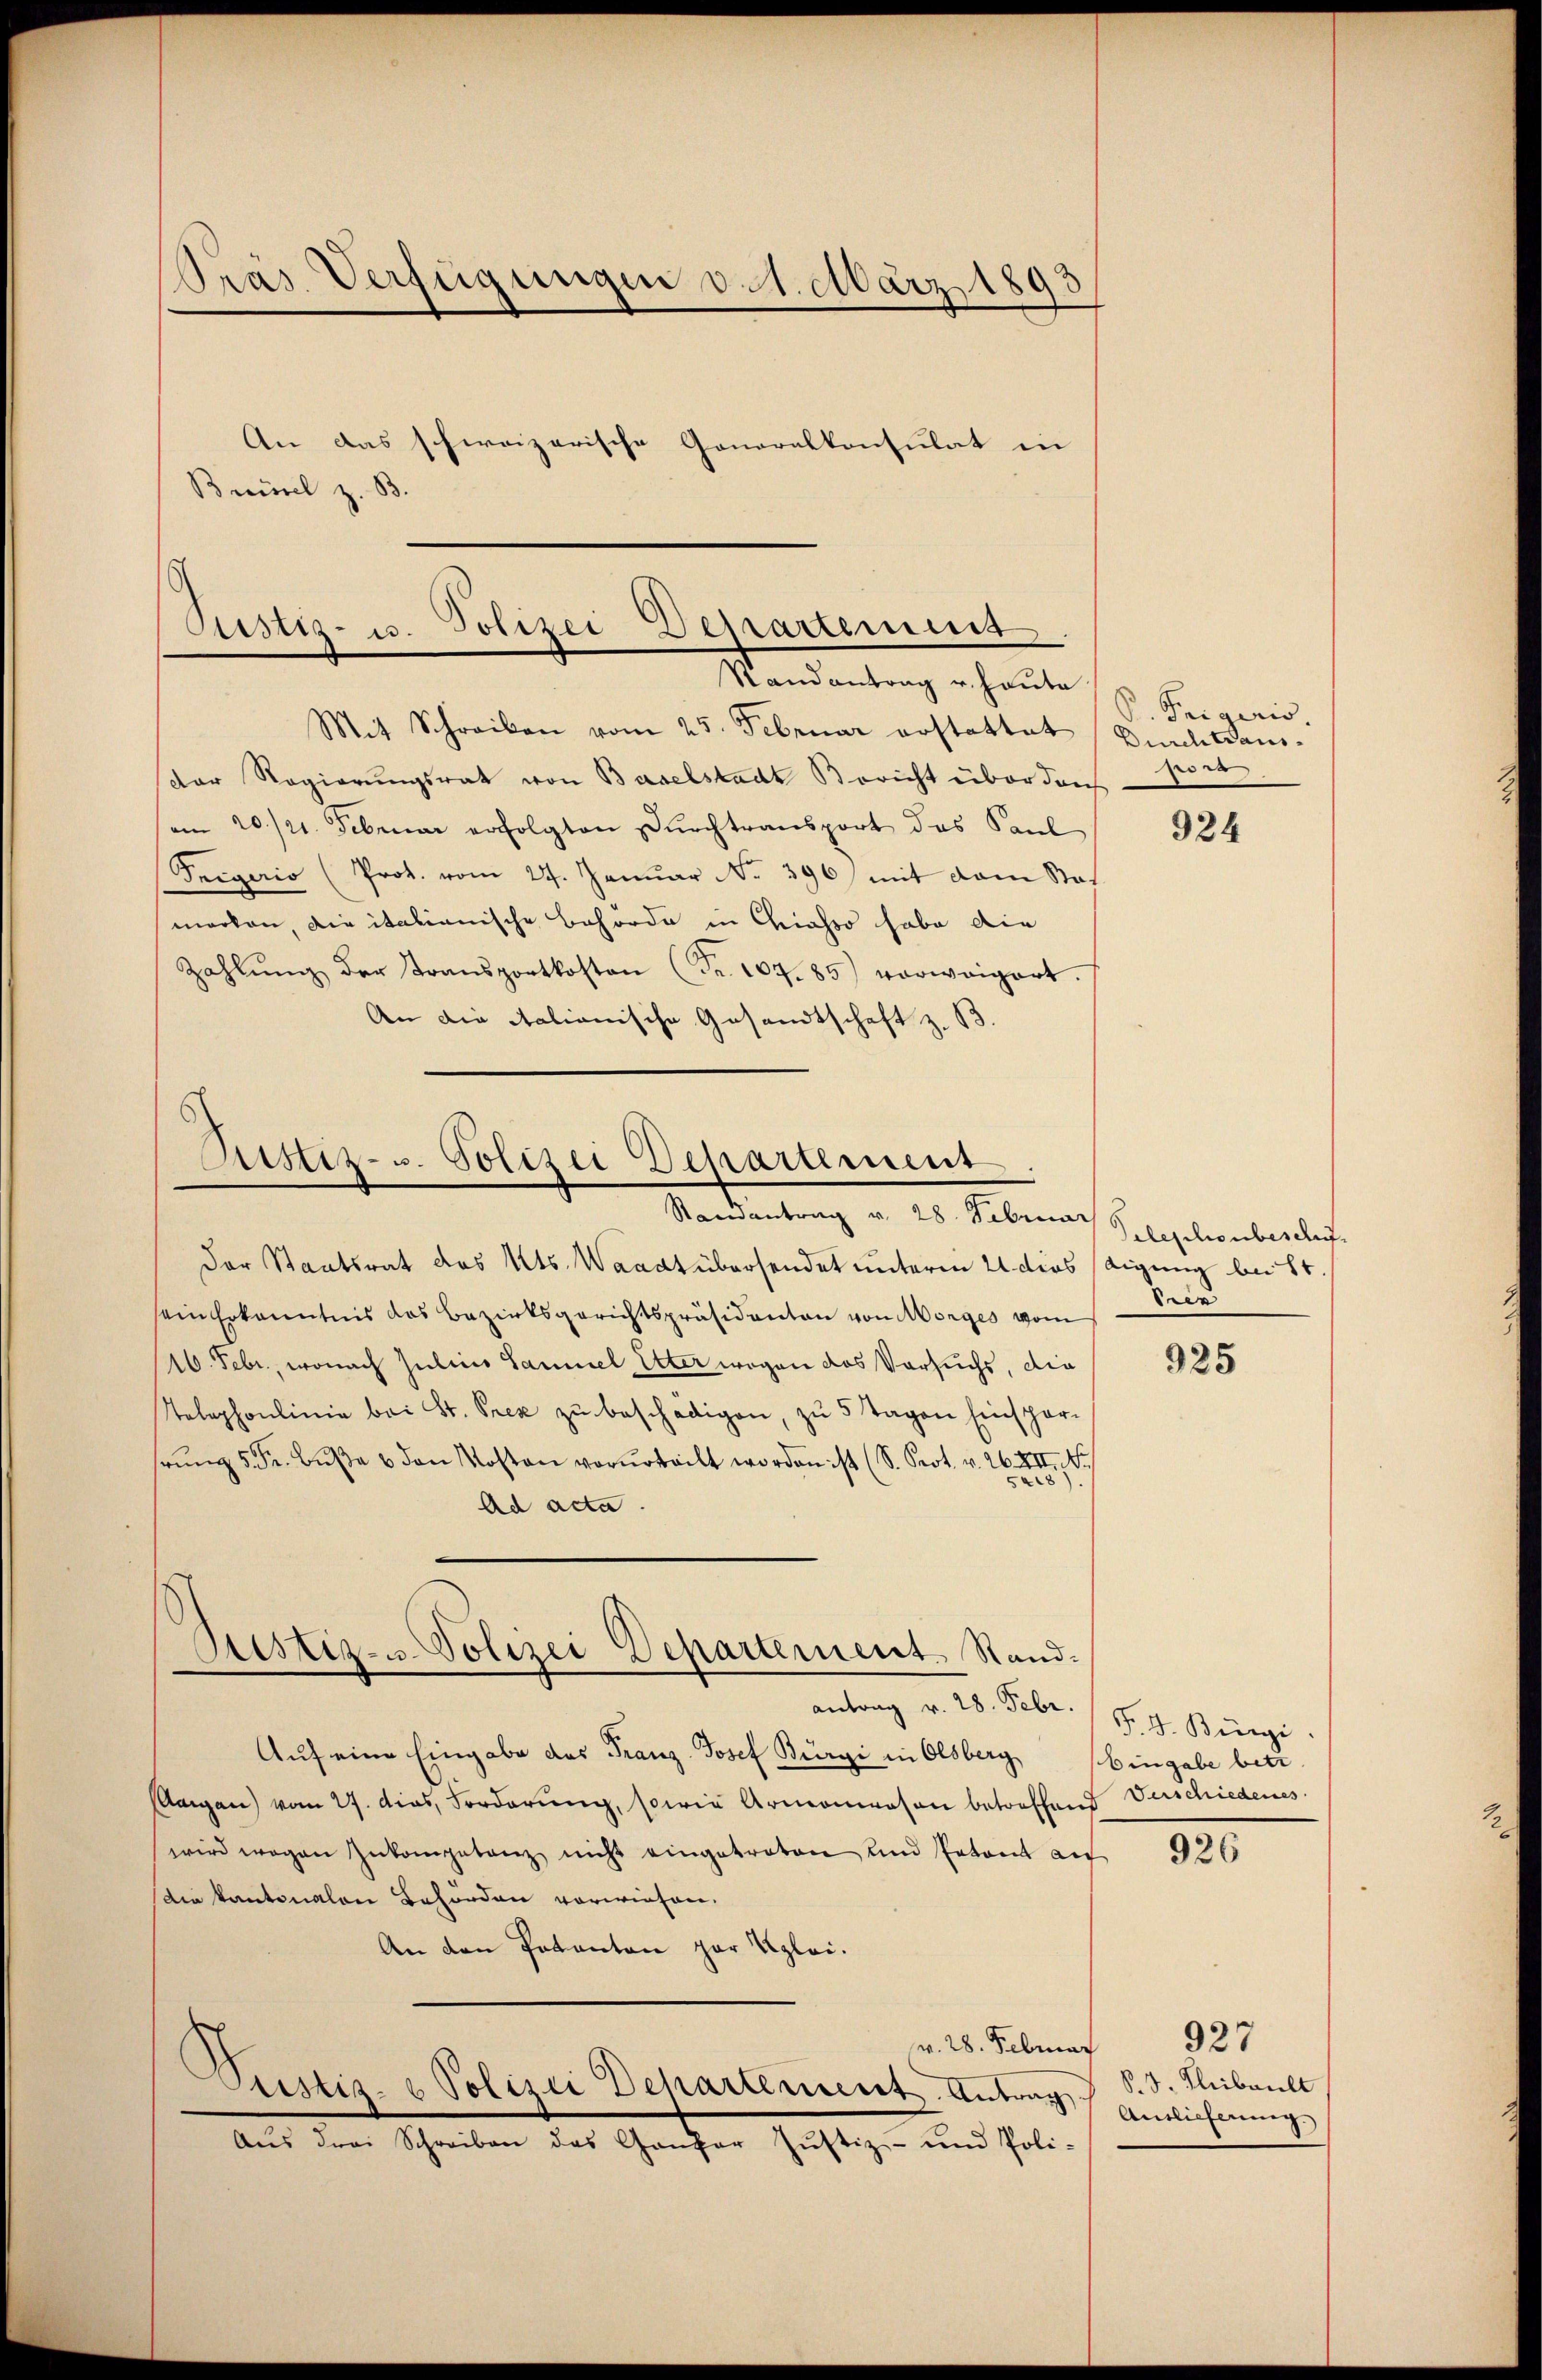
Prás Verfügungen v. 1. März 1893
An das schweizerische Generalkonsulat in
Breisel z. B.

Pustiz- u. Polizei Departement
Randantrag u. heute
Mit Schreiben vom 25. Februar erstattet durchtsan¬

dor Regierungsrat von Baselstadt Bericht über durch
am 20./21. Februar erfolgten Dŭrchtransport des Kaŭl
Teegerio (Prot. vom 27. Janŭar No. 396) mit dem Stat
marken die italienische Behörde in Chiasso habe die
Zahlŭng der Transportkosten (Fr. 104. 85) vorweigert.
An die italianische Gesandtschaft z. B.

Justiz- u. Polizei Departement
Randantrag v. 28. Februar Stephonberauf

Der Staatsrat des Kts. Waadt übersendet unterm 21 dies digung bei St
sein Erkanntnis das Bezirksgerichtspräsidenten von Morges vom
16. Febr., wonach Julius Sammel Elter wegen das Versuchs, die
Telephonlinie bei St. Prez zŭ beschädigen, zu 5 Tagen Einspar-
hrŭng 5 Fr. Bŭβe u den Kosten verurteilt worden ist (S. Prot. v. 26.XII. N
2
Ad acta.
Auf eine Eingabe des Franz-Josef Bürgi in Olsberg
Aargau vom 27. das Forderung, sowie Armonierson betreffend Verschiedenes
wird wegen Inkompetenz nicht eingetreten und Patent auf
(die kantonalen Behörden vorwiesen.
An den Pakanton zur Regleiv. 28. Februar
Pustiz- & Polizei Departement. Antrag
Aŭs drei Schreiben das Ganzer Justiz- und Poli-

Bestiz- u. Polizei Departement. Standantrag v. 28. Febr.

P. Teigeris.
wer

924

ren

925

P. J. Bürgi
Eingabe betr

926

927
§. 3. Thibault
Antlieferung.